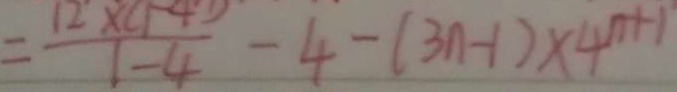
= \frac { 1 2 \times ( 1 - 4 ) } { 1 - 4 } - 4 - ( 3 n - 1 ) \times 4 ^ { n + 1 }